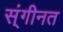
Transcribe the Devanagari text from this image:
स्ंगीनत